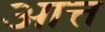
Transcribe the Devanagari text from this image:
आत्त